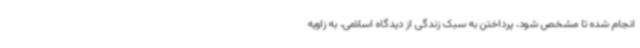
انجام شده تا مشخص شود، پرداختن به سبک زندگی از دیدگاه اسلامی، به زاویه